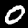
Label: 0